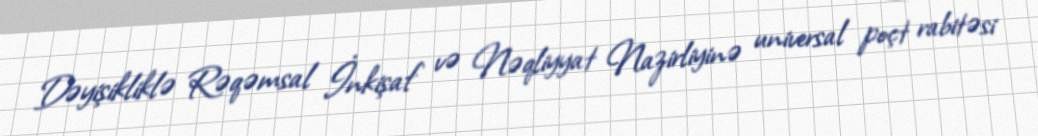
Dəyişikliklə Rəqəmsal İnkişaf və Nəqliyyat Nazirliyinə universal poçt rabitəsi